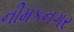
નીમકનગર